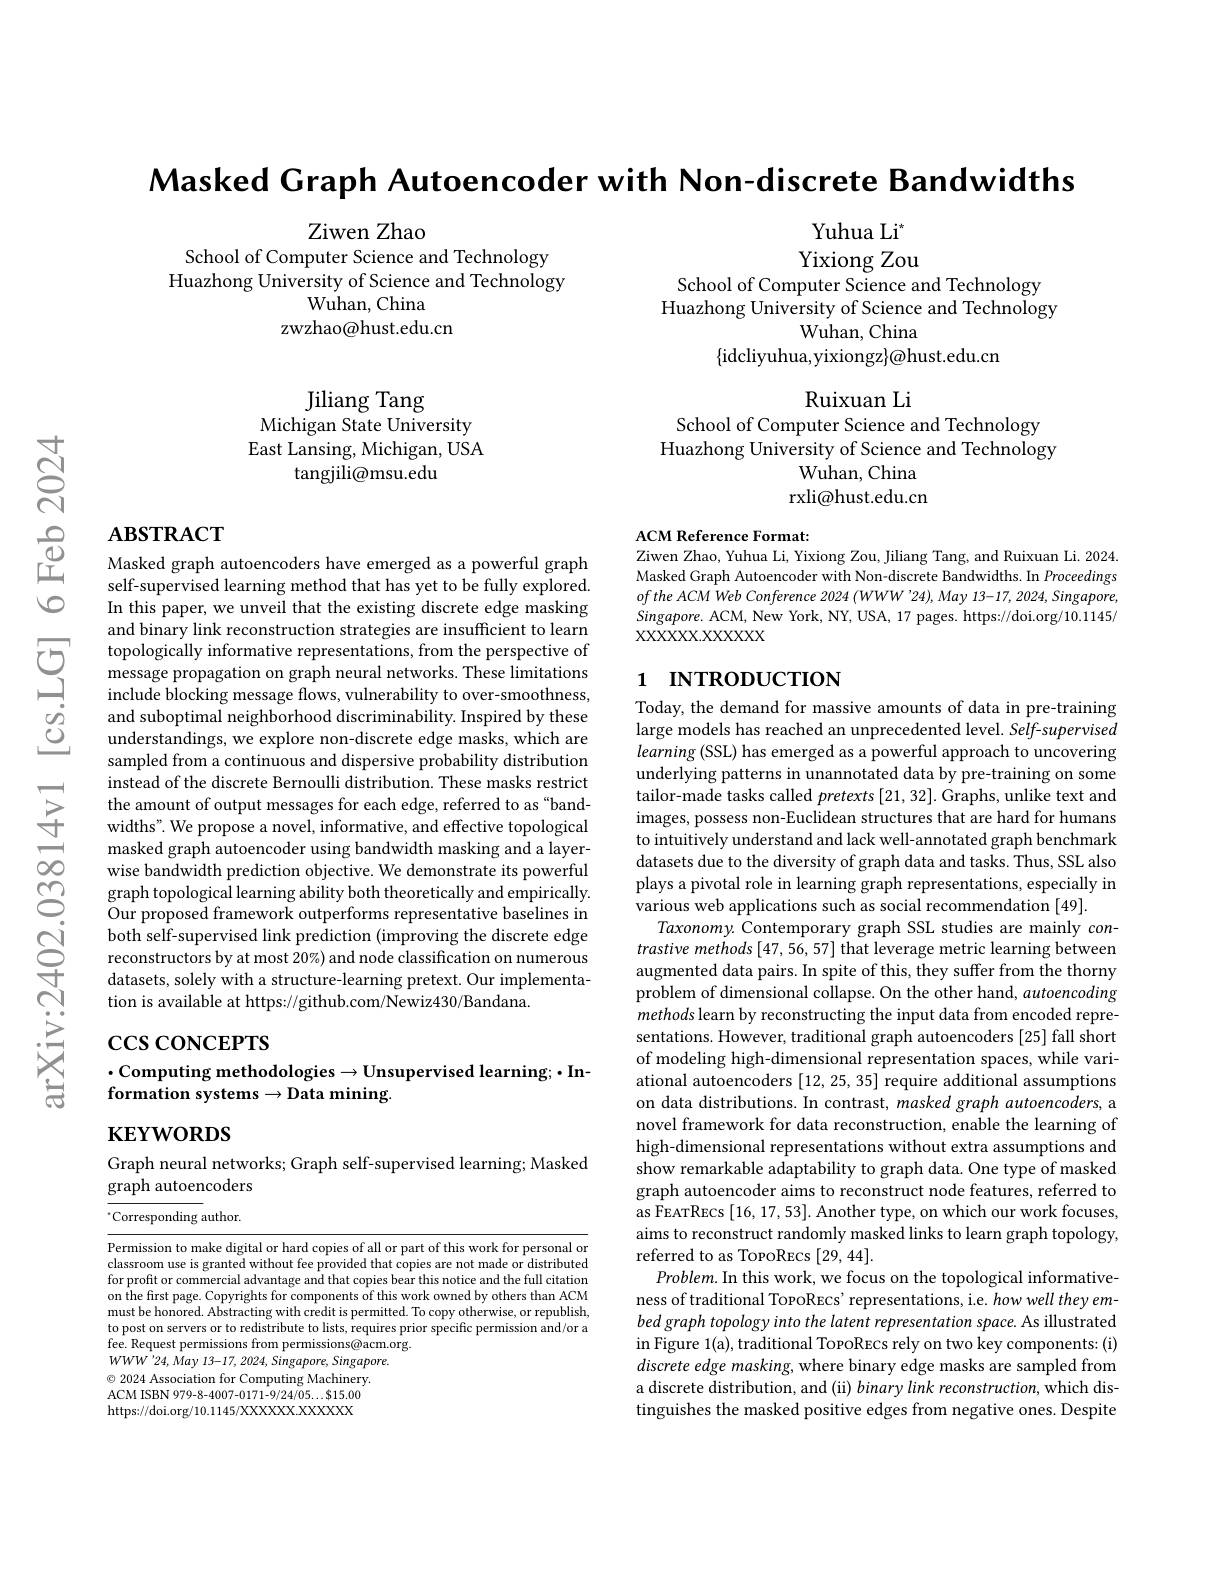
Masked Graph Autoencoder with Non-discrete Bandwidths

Ziwen Zhao
School of Computer Science and Technology

Yuhua Li$^{*}$
Yixiong Zou

Huazhong University of Science and Technology
Wuhan, China
zwzhao@hust.edu.cn

School of Computer Science and Technology Huazhong University of Science and Technology
${\mathrm{Wuhan,~China}}$
$\{$idcliyuhua,yixiongz$\}\textcircled{a}$hust.edu.cn

Ruixuan Li
School of Computer Science and Technology

Jiliang Tang
Michigan State University East Lansing, Michigan, USA
tangjili@msu.edu

Huazhong University of Science and Technology
Wuhan, China rxli@hust.edu.cn

# $\mathbf{ABSTRACT}$

ACM Reference Format:
Ziwen Zhao, Yuhua Li, Yixiong Zou, Jiliang Tang, and Ruixuan Li. 2024.

Masked Graph Autoencoder with Non-discrete Bandwidths. In Proceedings oftheACMWeb Conference 2024 (WWW'24),May 13-17, 2024, Singapore, $Singapore.$ ACM, New York, NY, USA, 17 pages. https://doi.org/10.1145/ XXXXXX.XXXXXX

## 1 INTRODUCTION

Masked graph autoencoders have emerged as a powerful graph self-supervised learning method that has yet to be fully explored. In this paper, we unveil that the existing discrete edge masking and binary link reconstruction strategies are insufficient to learn topologically informative representations, from the perspective of message propagation on graph neural networks. These limitations include blocking message flows, vulnerability to over-smoothness, and suboptimal neighborhood discriminability. Inspired by these understandings, we explore non-discrete edge masks, which are sampled from a continuous and dispersive probability distribution instead of the discrete Bernoulli distribution. These masks restrict the amount of output messages for each edge, referred to as "bandwidths". We propose a novel, informative, and effective topological masked graph autoencoder using bandwidth masking and a layerwise bandwidth prediction objective. We demonstrate its powerful graph topological learning ability both theoretically and empirically. Our proposed framework outperforms representative baselines in both self-supervised link prediction (improving the discrete edge reconstructors by at most 20%) and node classification on numerous datasets, solely with a structure-learning pretext. Our implementation is available at https://github.com/Newiz430/Bandana.

$\csc\csc$coNCEPTS

Today, the demand for massive amounts of data in pre-training large models has reached an unprecedented level. Self-supervised $learning($SSL) has emerged as a powerful approach to uncovering underlying patterns in unannotated data by pre-training on some tailor-made tasks called $pretexts[21,32].$ Graphs, unlike text and images, possess non-Euclidean structures that are hard for humans to intuitively understand and lack well-annotated graph benchmark datasets due to the diversity of graph data and tasks. Thus, SSL also plays a pivotal role in learning graph representations, especially in various web applications such as social recommendation [49].
Taxonomy. Contemporary graph SSL studies are mainly contrastive methods [47,56, 57] that leverage metric learning between augmented data pairs. In spite of this, they suffer from the thorny problem of dimensional collapse. On the other hand, autoencoding methods learn by reconstructing the input data from encoded representations. However, traditional graph autoencoders [25] fall short of modeling high-dimensional representation spaces, while variational autoencoders [12,25,35] require additional assumptions on data distributions. In contrast, masked graph autoencoders, a novel framework for data reconstruction, enable the learning of high-dimensional representations without extra assumptions and show remarkable adaptability to graph data. One type of masked graph autoencoder aims to reconstruct node features, referred to as FEATRECs [16,17,53]. Another type, on which our work focuses, aims to reconstruct randomly masked links to learn graph topology, referred to as TopoREcs [29,44].
$Problem.$ In this work, we focus on the topological informativeness of traditional TopoRecs' representations, i.e. how well they embed graph topology into the latent representation space. As illustrated in Figure 1(a), traditional TopoRecs rely on two key components: (i) discrete edge masking, where binary edge masks are sampled from a discrete distribution, and (ii) binary link reconstruction, which distinguishes the masked positive edges from negative ones. Despite

## $\cdot$Computing methodologies$\to$Unsupervised learning;$\cdot$Information systems $\to$Data mining.

$\mathbf{KEYWORDS}$

Graph neural networks; Graph self-supervised learning; Masked
$\dot{\text{graph autoencoders}}$

$^{*}$Corresponding author.

Permission to make digital or hard copies of all or part of this work for personal or classroom use is granted without fee provided that copies are not made or distributed for profit or commercial advantage and that copies bear this notice and the full citation on the first page. Copyrights for components of this work owned by others than ACM must be honored. Abstracting with credit is permitted. To copy otherwise, or republish, to post on servers or to redistribute to lists, requires prior specific permission and/or a fee. Request permissions from permissions@acm.org.
$WWW^{'}24,\hat{May}$ 13-17, 2024, Singapore, Singapore.
$\odot$ 2024 Association for Computing Machinery. ACM ISBN 979-8-4007-0171-9/24/05...$15.00 https://doi.org/10.1145/XXXXXX.XXXXX